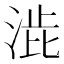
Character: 𭰱